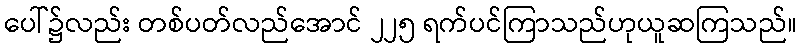
ပေါ်၌လည်း တစ်ပတ်လည်အောင် ၂၂၅ ရက်ပင်ကြာသည်ဟုယူဆကြသည်။